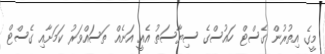
މީގެ އިތުރުން ގެސްޓް ހައުސްގެ ސިޔާސަތު އެއީ އަނެއް ތަސައްވަރު ކަމަށާއި ގެސްޓް